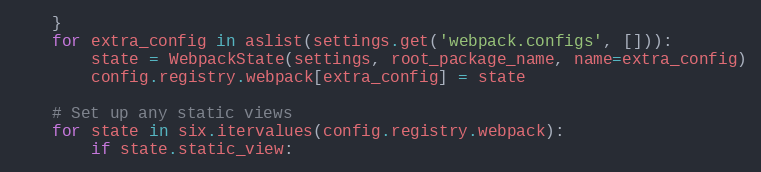
Language: Python
    }
    for extra_config in aslist(settings.get('webpack.configs', [])):
        state = WebpackState(settings, root_package_name, name=extra_config)
        config.registry.webpack[extra_config] = state

    # Set up any static views
    for state in six.itervalues(config.registry.webpack):
        if state.static_view: